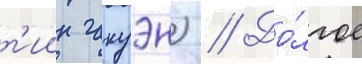
т'иин гакуэн) // До́лгое